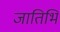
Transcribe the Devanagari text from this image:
जातिभि